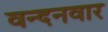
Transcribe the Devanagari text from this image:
वन्‍दनवार